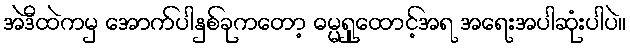
အဲဒီထဲကမှ အောက်ပါနှစ်ခုကတော့ ဓမ္မရှုထောင့်အရ အရေးအပါဆုံးပါပဲ။